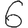
Digit: 6